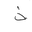
Letter: _thal